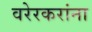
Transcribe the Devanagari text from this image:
वरेरकरांना